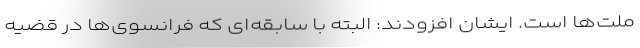
ملت‌ها است. ایشان افزودند: البته با سابقه‌ای که فرانسوی‌ها در قضیه